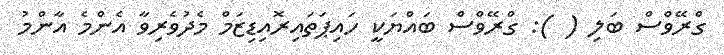
ގްރޭވްސް ބަލި ( ): ގްރޭވްސް ބައްޔަކީ ހައިޕަތައިރޮއިޑިޒަމް މެދުވެރިވާ އެންމެ އާންމު